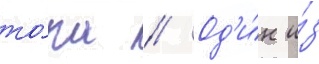
то́ра // Од'и́н и́з